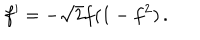
LaTeX: f ^ { \prime } = - \sqrt { 2 } f ( 1 - f ^ { 2 } ) \, .